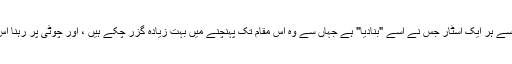
سچ تو یہ ہے کہ ان میں سے ہر ایک اسٹار جس نے اسے "بنادیا" ہے جہاں سے وہ اس مقام تک پہنچنے میں بہت زیادہ گزر چکے ہیں ، اور چوٹی پر رہنا اس سے بھی بڑا چیلنج ہے۔